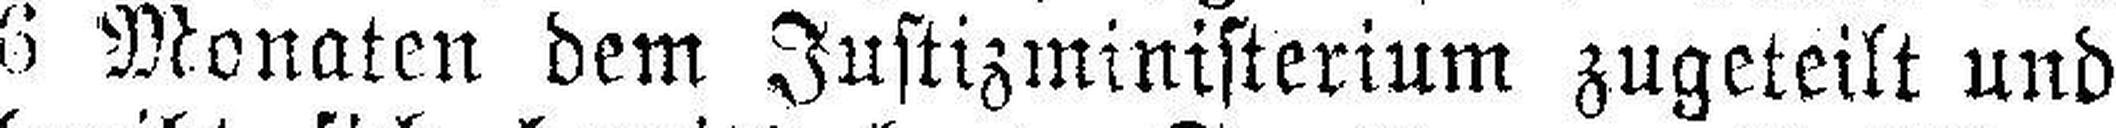
6 Monaten dem Justizministerium zugeteilt und